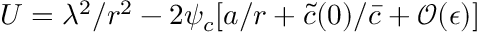
U = \lambda ^ { 2 } / r ^ { 2 } - 2 \psi _ { c } [ a / r + \tilde { c } ( 0 ) / \bar { c } + \mathcal { O } ( \epsilon ) ]